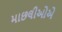
માછલીઓએ